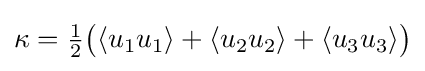
\kappa ={\tfrac {1}{2}}{\bigl (}\langle u_{1}u_{1}\rangle +\langle u_{2}u_{2}\rangle +\langle u_{3}u_{3}\rangle {\bigr )}